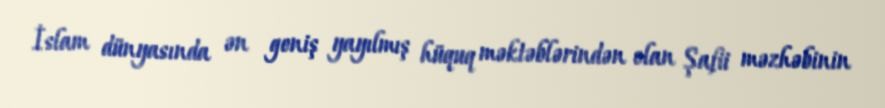
İslam dünyasında ən geniş yayılmış hüquq məktəblərindən olan Şafii məzhəbinin